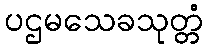
ပဌမသေခသုတ္တံ